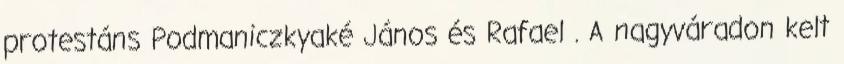
protestáns Podmaniczkyaké János és Rafael . A nagyváradon kelt